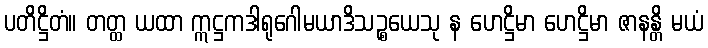
ပတိဋ္ဌိတံ။ တတ္ထ ယထာ ဣဋ္ဌကဒါရုဂေါမယာဒိသဉ္စယေသု န ဟေဋ္ဌိမာ ဟေဋ္ဌိမာ ဇာနန္တိ မယံ